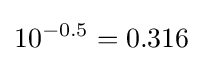
10^{-0.5}=0.316